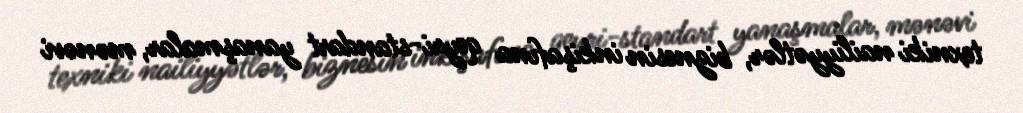
texniki nailiyyətlər, biznesin inkişafına qeyri-standart yanaşmalar, mənəvi